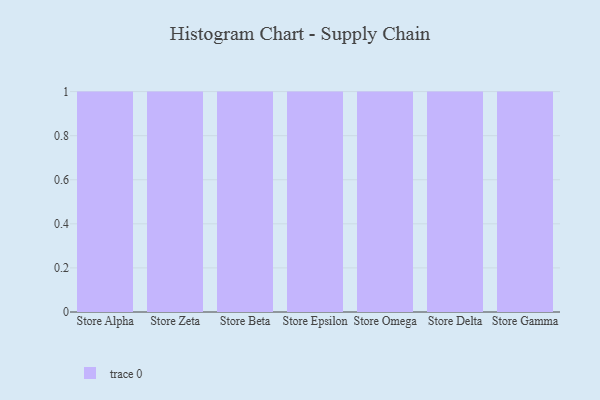
{"axis": {"x": "Store", "y": "Active Users"}, "legend": [""], "data": [{"x": "Store Alpha", "y": 35, "type": ""}, {"x": "Store Zeta", "y": 94, "type": ""}, {"x": "Store Beta", "y": 17, "type": ""}, {"x": "Store Epsilon", "y": 29, "type": ""}, {"x": "Store Omega", "y": 15, "type": ""}, {"x": "Store Delta", "y": 50, "type": ""}, {"x": "Store Gamma", "y": 77, "type": ""}]}